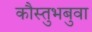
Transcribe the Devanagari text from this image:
कौस्तुभबुवा